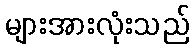
များအားလုံးသည်